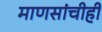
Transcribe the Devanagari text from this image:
माणसांचीही